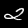
Digit: 2